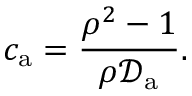
c _ { \mathrm { a } } = \frac { \rho ^ { 2 } - 1 } { \rho \mathcal { D } _ { \mathrm { a } } } .